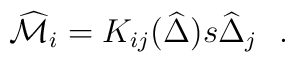
\widehat{\cal M}_{i} = K_{ij} ( \widehat{\Delta} ) s\widehat{\Delta}_{j}\ \ .